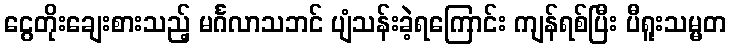
ငွေတိုးချေးစားသည့် မင်္ဂလာသဘင် ပျံသန်းခဲ့ရကြောင်း ကျန်ရစ်ပြီး ပီရူးသမ္မတ